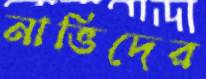
নাভিদের